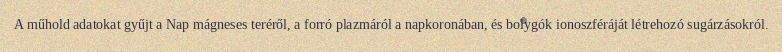
A műhold adatokat gyűjt a Nap mágneses teréről, a forró plazmáról a napkoronában, és bolygók ionoszféráját létrehozó sugárzásokról.